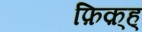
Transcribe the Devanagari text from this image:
फ़िक़्ह्